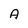
Character: A